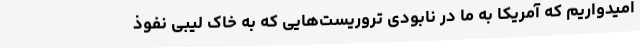
امیدواریم که آمریکا به ما در نابودی تروریست‌هایی که به خاک لیبی نفوذ